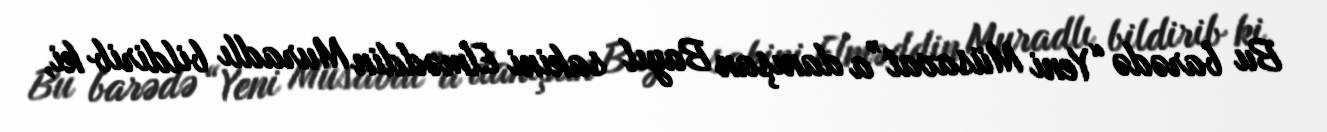
Bu barədə “Yeni Müsavat”a danışan Bayıl sakini Elməddin Muradlı bildirib ki,